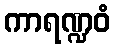
ကာရဏ္ဍဝံ